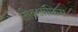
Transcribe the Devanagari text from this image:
लीब्रऑफ़िस